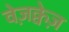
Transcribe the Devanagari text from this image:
वेज़क्वेज़